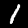
Label: 1